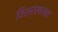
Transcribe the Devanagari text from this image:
विश्रंखलता